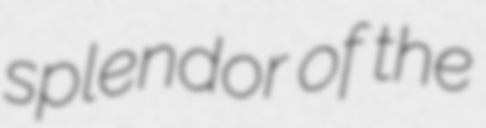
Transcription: splendor of the